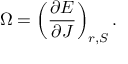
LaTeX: \Omega = \left( \frac { \partial E } { \partial J } \right) _ { r , S } .